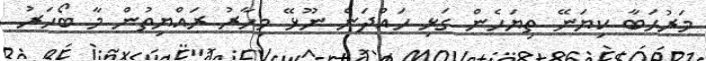
މަރުޙަބާ ކިޔަނޭ ތިޔަހެން ގަޅި ހައްދަން ނޫޅޭ މިހާރު ރައްޔިތުން މާ ބޯހަރު